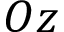
O z